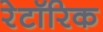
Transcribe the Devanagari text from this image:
रेटॉरिक